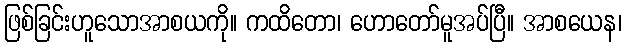
ဖြစ်ခြင်းဟူသောအာစယကို။ ကထိတော၊ ဟောတော်မူအပ်ပြီ။ အာစယေန၊